Laimjala_vallavalitsus, lk 33
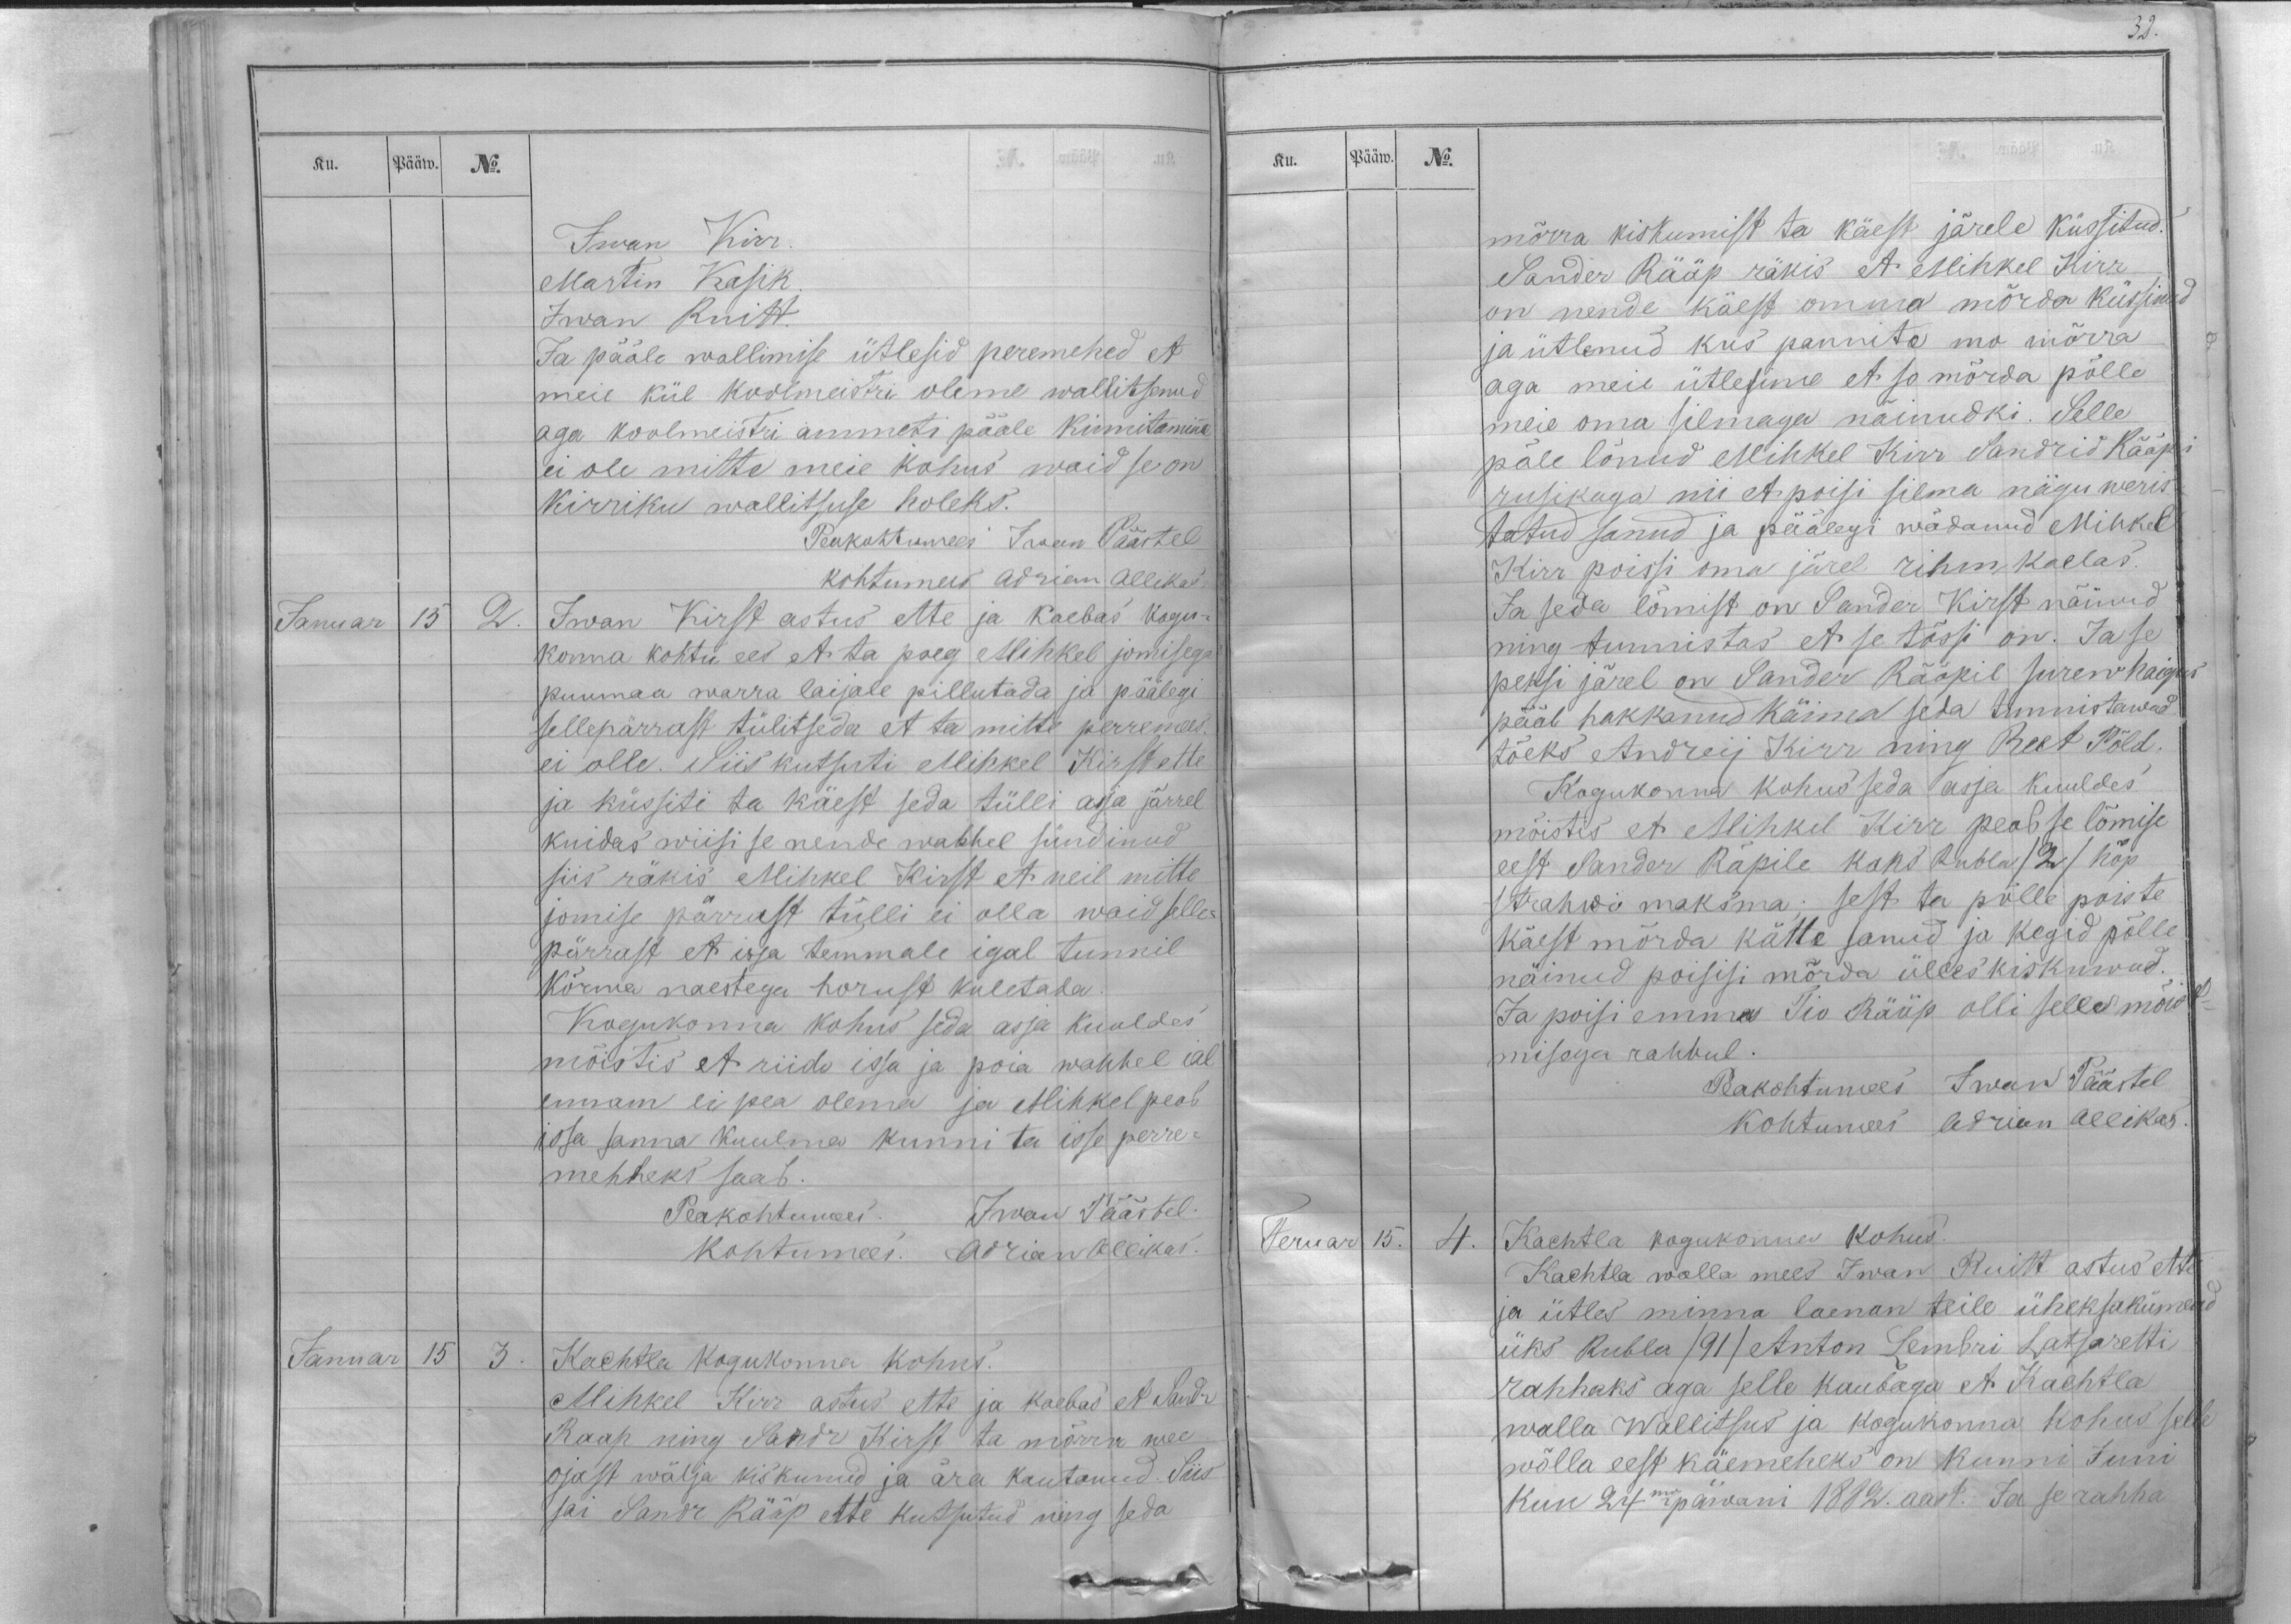
Ku.
Pääw.
No.
Iwan Kirr.
Martin Kasik.
Iwan Ruitt.
Ja pääle wallimise ütlesid peremehed et
meie kül koolmeistri oleme wallitsenud
aga koolmeistri ammeti pääle kinnitaminne
ei ole mitte meie kohus waid se on
kirriku wallitsuse holeks.
Peakohtumees Iwan Päästel
kohtumees Adrian Allikas
Januar
15
2.
Iwan Kirst astus ette ja kaebas kogu-
konna kohtu ees et ta poeg Mihkel jomisega
puumaa warra laijale pillutada ja päälegi
sellepärrast tülitseda et ta mitte perremees
ei olle. Siis kutsuti Mihkel Kirst ette
ja küssiti ta käest seda tülli asja järrel
kuidas wiisi se nende wahhel sündinud
siis räkis Mihkel Kirst et neil mitte
jomise pärrast tülli ei olla waid selle-
pärrast et issa temmale igal tunnil
Kõrma naestega horust kuletada.
Kogukonna kohus seda asja kuuldes
mõistis et riido issa ja poia wahhel ial
ennam ei pea olema ja Mihkel peab
issa sanna kuulma kunni ta isse perre-
mehheks saab.
Peakohtumees: Iwan Päästel.
kohtumees. Adrian Allikas.
Januar
15
3.
Kachtla kogukonna kohus.
Mihkel Kirr astus ette ja kaebas et Sandr
Raap ning Sandr Kirst ta mõrra wee
ojast wälja kiskunud ja ära kautanud. Siis
sai Sandr Rääp ette kutsutud ning seda

Ku.
Pääw.
No.
mõrra kiskumist ta käest järele küssitud.
Sander Rääp räkis et Mihkel Kirr
on nende käest omma mõrda küssinud
ja ütlenud kus pannite mo mõrra
aga meie ütlesime et so mõrda põlle
meie oma silmaga näinudki. Selle
päle lönud Mihkel Kirr Sandrid Rääpi
rusikuga nii et poisi silma nägu weris-
tatud sanud ja päälegi wädanud Mihkel
Kirr poissi oma järel rihm kaelas.
Ja seda lömist on Sander Kirst näinud
ning tunnistas et se tõssi on. Ja se
peksi järel on Sander Rääpil surew haigus
pääl hakkanud käima seda tunnistawad
tõeks Andreij Kirr ning Reet Põld.
Kogukonna kohus seda asja kuuldes
mõistis et Mihkel Kirr peab se lömise
eest Sander Räpile kaks Rubla /2/ hõp
strahwi maksma; sest ta põlle poiste
käest mõrda kätte sanud ja kegid põlle
näinud poisisi mõrda ülles kiskuwad.
Ja poisi emma Tio Rääp olli selle mõist-
misega rahhul.
Peakohtumees Iwan Päästel
kohtumees Adrian Allikas.
Feruar
15.
4.
Kachtla kogukonna kohus.
Kachtla walla mees Iwan Ruitt astus ette
ja ütles minna laenan teile üheksakümend
üks Rubla /91/ Anton Lembri Latsaretti
rahhaks aga selle kaubaga et Kachtla
walla Wallitsus ja kogukonna kohus selle
wõlla eest käemeheks on kunni Juni
kuu 24ma päwani 1882. aast. Ja se rahha